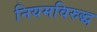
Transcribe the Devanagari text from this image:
नियमविरुद्ध